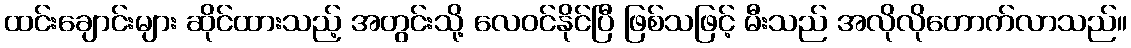
ထင်းချောင်းများ ဆိုင်ထားသည့် အတွင်းသို့ လေဝင်နိုင်ပြီ ဖြစ်သဖြင့် မီးသည် အလိုလိုတောက်လာသည်။